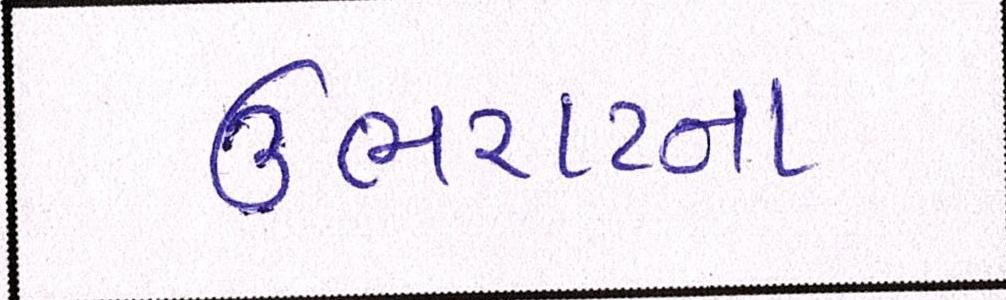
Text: ઉભરાટના